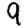
Digit: 9